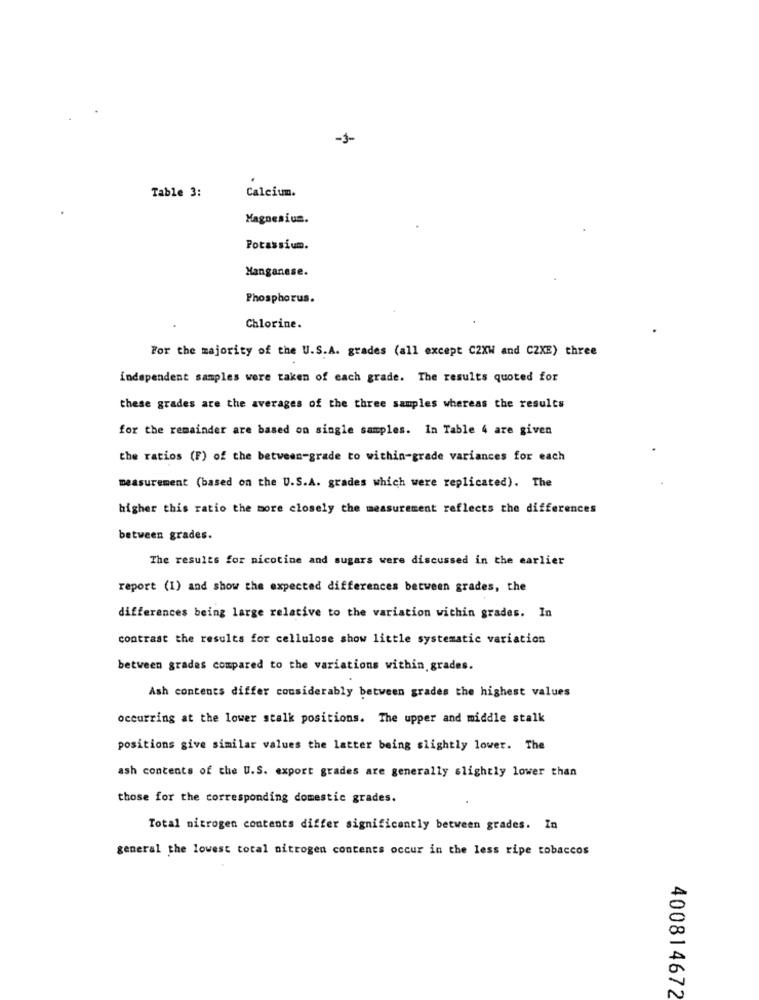
-1-
Table 3:
Calcium.
Magnesium.
Potassium.
Manganese.
Phosphorus.
Chlorine.
For the majority of the U.S.A. grades (all except C2XW and CZXE) three
independent samples were taken of each grade. The results quoted for
these grades are the averages of the three samples whereas the results
for the remainder are based on single samples. In Table 4 are given
the ratios (F) of the between-grade to within-grade variances for each
measurement (based on the U.S.A. grades which were replicated). The
higher this ratio the more closely the measurement reflects the differences
between grades.
The results for nicotine and sugars were discussed in the earlier
report (1) and show the expected differences between grades, the
differences being large relative to the variation within grades. In
contrast the results for cellulose show little systematic variation
between grades compared to the variations within grades.
Ash contents differ considerably between grades the highest values
occurring at the lower stalk positions. The upper and middle stalk
positions give similar values the latter being slightly lower. The
ash contents of the U.S. export grades are generally slightly lower than
those for the corresponding domestic grades.
Total nitrogen contents differ significantly between grades. In
general the lowest total nitrogen contents occur in the less ripe tobaccos
400814672